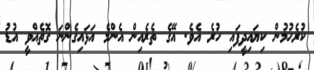
ކުރެހުމުން ކިޔައިދީފައި ހުރެ އެވެ. އޭގެ ތެރެއިން އެންމެ އަޅައިގެންނަ ގޮތެއްވީ އުޑު